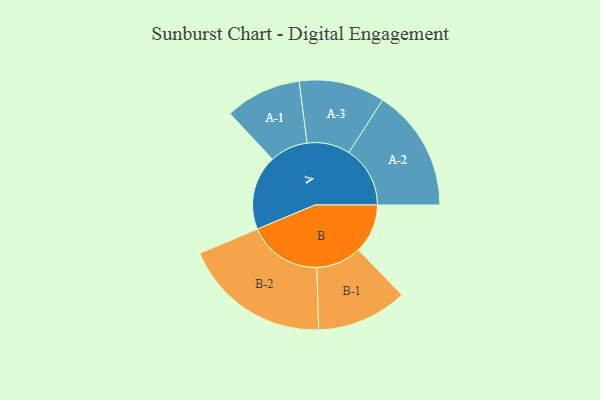
{"axis": {"x": "Segment", "y": "Value"}, "legend": ["", "A", "B"], "data": [{"x": "A", "y": 278, "type": ""}, {"x": "B", "y": 183, "type": ""}, {"x": "A-1", "y": 142, "type": "A"}, {"x": "A-2", "y": 228, "type": "A"}, {"x": "A-3", "y": 160, "type": "A"}, {"x": "B-1", "y": 169, "type": "B"}, {"x": "B-2", "y": 275, "type": "B"}]}